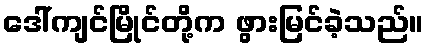
ဒေါ်ကျင်မြိုင်တို့က ဖွားမြင်ခဲ့သည်။